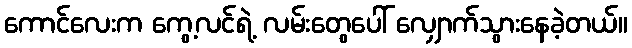
ကောင်လေးက ကွေ့လင်ရဲ့ လမ်းတွေပေါ် လျှောက်သွားနေခဲ့တယ်။